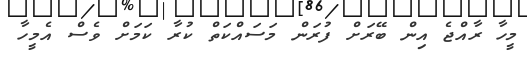
މީހާ ރާއްޖެ އިން ބޭރަށް ފުރަން މަސައްކަތް ކުރާ ކަމަށް ވެސް އެމީހާ